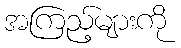
အကြည့်များကို